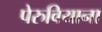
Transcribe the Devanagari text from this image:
पेरुवियाना